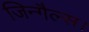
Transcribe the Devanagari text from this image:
जिन्गैल्स।